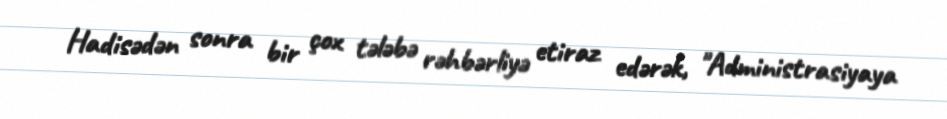
Hadisədən sonra bir çox tələbə rəhbərliyə etiraz edərək, "Administrasiyaya